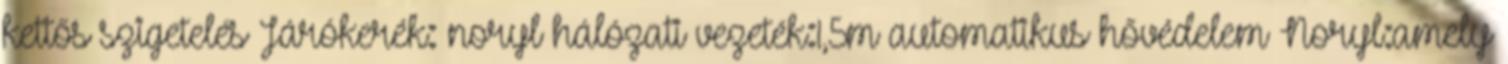
kettős szigetelés Járókerék: noryl hálózati vezeték:1,5m automatikus hővédelem Noryl:amely